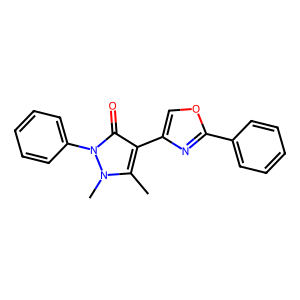
SMILES: Cc1c(-c2coc(-c3ccccc3)n2)c(=O)n(-c2ccccc2)n1C
Inhibits HIV replication: No